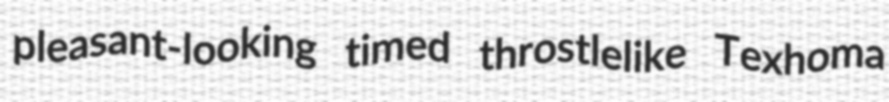
pleasant-looking timed throstlelike Texhoma